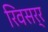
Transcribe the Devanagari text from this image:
रिवसर्र